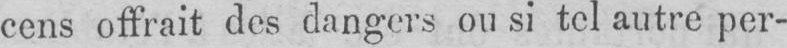
cens offrait des dangers ou si tel autre per-